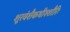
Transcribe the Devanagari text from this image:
शूरवंशैकधीश्शौरिः